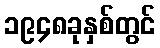
၁၉၄၈ခုနှစ်တွင်